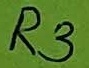
Text: R3